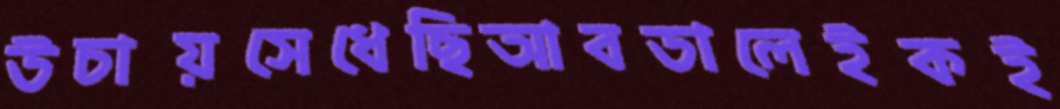
উচায়সেধেছিআবডালেইকই